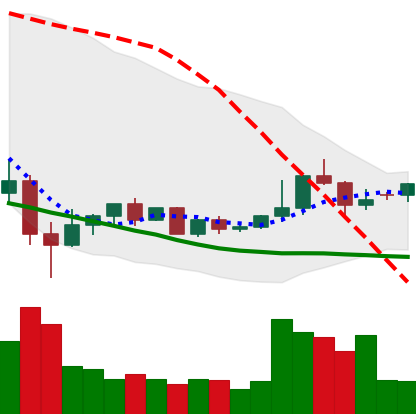
Ticker: ETC-USD
Chart end date: 2022-05-29
Forward return: -7.702%
Label: down_7plus